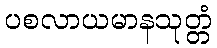
ပစလာယမာနသုတ္တံ